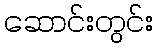
ဆောင်းတွင်း